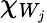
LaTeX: \chi_{W_{j}}